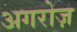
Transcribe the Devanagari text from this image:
अगरोज़